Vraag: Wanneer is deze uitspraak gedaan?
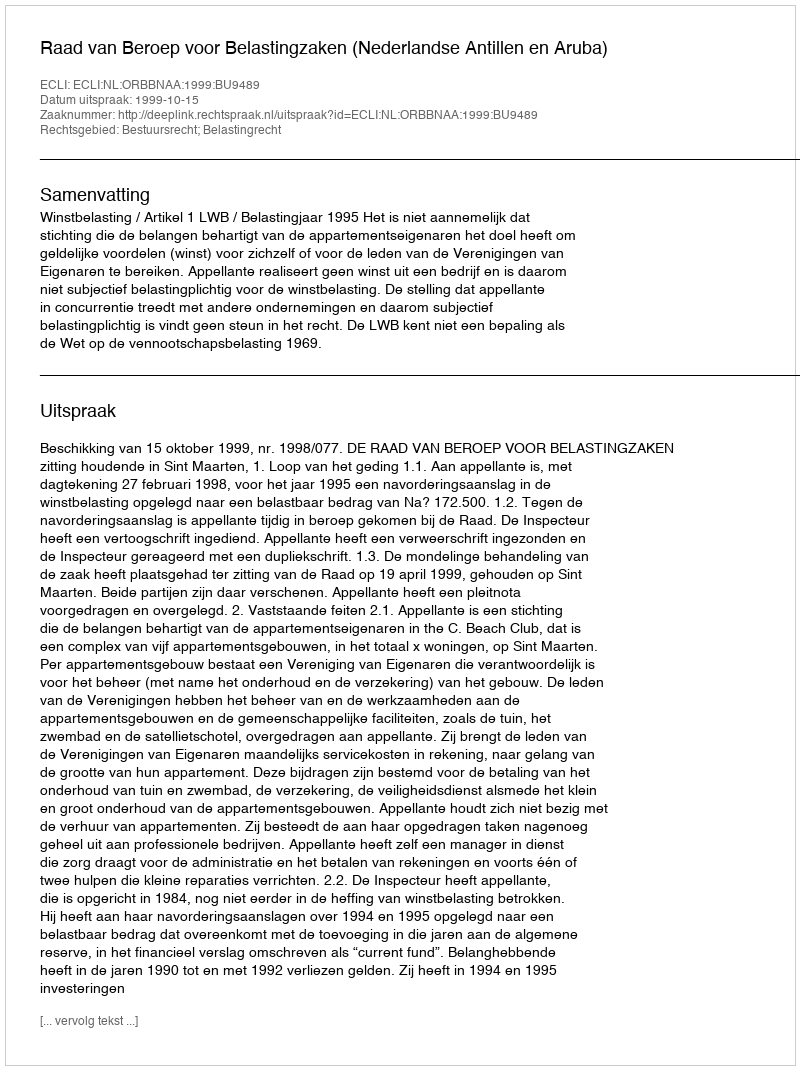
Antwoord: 1999-10-15